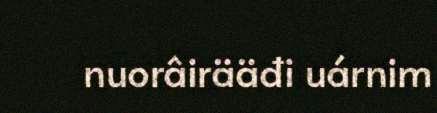
nuorâirääđi uárnim